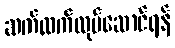
ဆက်လက်လုပ်ဆောင်ရန်